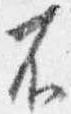
不